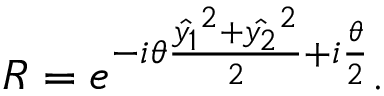
R = e ^ { - i \theta \frac { \hat { y _ { 1 } } ^ { 2 } + \hat { y _ { 2 } } ^ { 2 } } { 2 } + i \frac { \theta } { 2 } } .